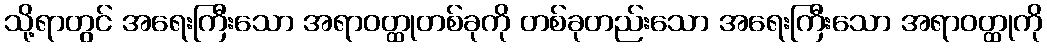
သို့ရာတွင် အရေးကြီးသော အရာဝတ္ထုတစ်ခုကို တစ်ခုတည်းသော အရေးကြီးသော အရာဝတ္ထုကို